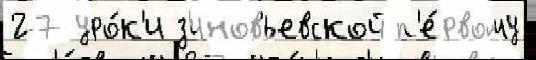
27 уро́к'и з'иновьевской п'е́рвому